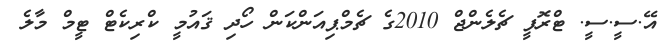
އޭ.ސީ.ސީ. ޓްރޮފީ ޗެލެންޖް 2010ގެ ޗެމްޕިއަންކަން ހޯދި ޤައުމީ ކްރިކެޓް ޓީމް މާލެ